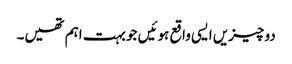
دو چیزیں ایسی واقع ہوئیں جو بہت اہم تھیں۔